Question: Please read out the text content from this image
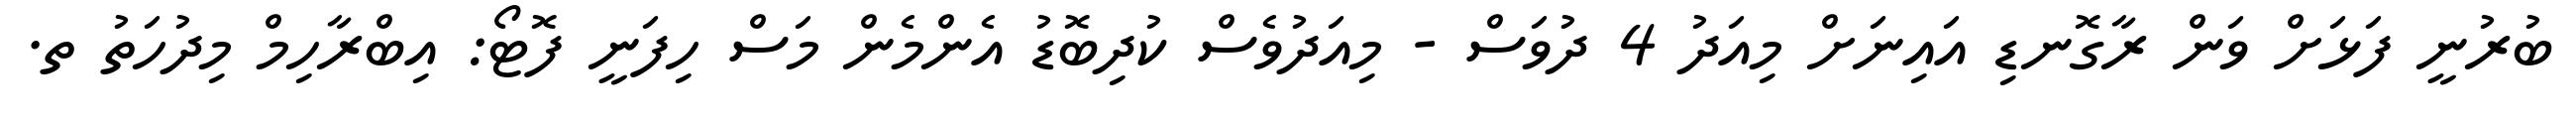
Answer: ބުރުނީ ފަޅަށް ވަން ރާގޮނޑި އައިނަށް މިއަދު 4 ދުވަސް - މިއަދުވެސް ކުދިބޮޑު އެންމެން މަސް ހިފަނީ ފޮޓޯ: އިބްރާހިމް މިދުހަތު ތ.